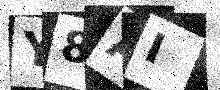
Text: Y8AI